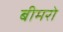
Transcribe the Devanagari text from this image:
बीमरो